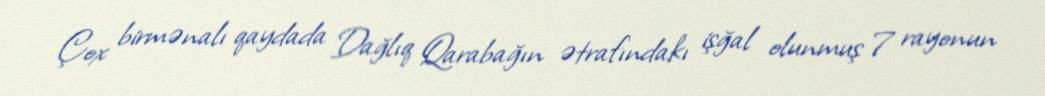
Çox birmənalı qaydada Dağlıq Qarabağın ətrafındakı işğal olunmuş 7 rayonun